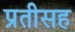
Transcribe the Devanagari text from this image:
प्रतीसह